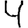
Digit: 4